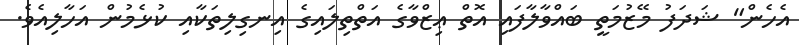
އެހެން" ޝަދަފު މޭޒުމަތީ ބައްވާލާފައި އޮތް ޢިޒްވާގެ އަތްތިލައިގެ އިނގިލިތަކާއި ކުޅެމުން އަހާލިއެވެ.